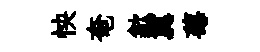
怏奄歙冀莓